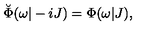
\breve { \Phi } ( \omega | - i J ) = \Phi ( \omega | J ) ,